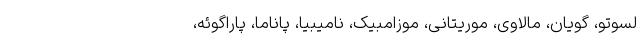
لسوتو، گویان، مالاوی، موریتانی، موزامبیک، نامیبیا، پاناما، پاراگوئه،